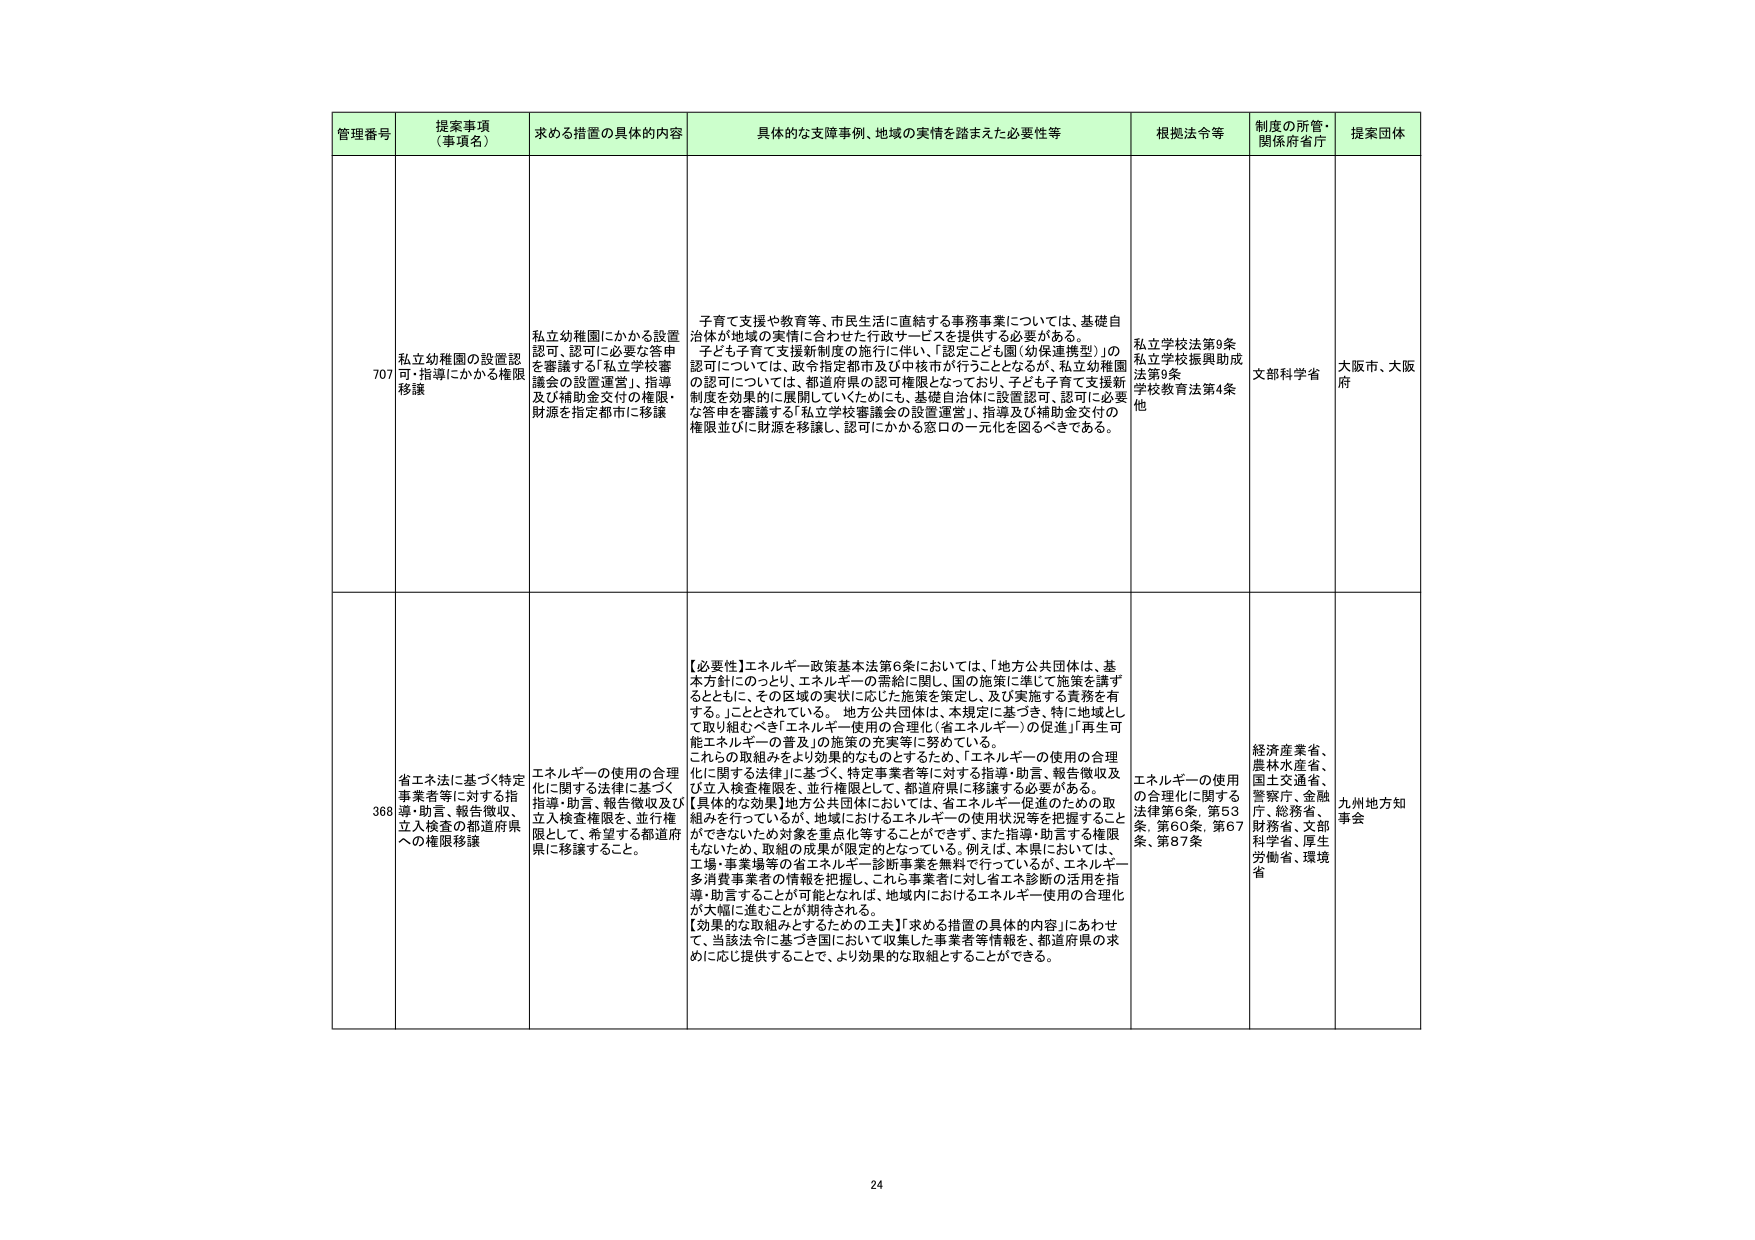
管理番号 提案事項 （事項名） 求める措置の具体的内容 具体的な支障事例、地域の実情を踏まえた必要性等 根拠法令等 制度の所管・ 関係府省庁 提案団体

707 私立幼稚園の設置認 可・指導にかかる権限 移譲 私立幼稚園にかかる設置 認可、認可に必要な答申 を審議する「私立学校審 議会の設置運営」、指導 及び補助金交付の権限・ 財源を指定都市に移譲 子育て支援や教育等、市民生活に直結する事務事業については、基礎自 治体が地域の実情に合わせた行政サービスを提供する必要がある。 子ども子育て支援新制度の施行に伴い、「認定こども園（幼保連携型）」の 認可については、政令指定都市及び中核市が行うこととなるが、私立幼稚園 の認可については、都道府県の認可権限となっており、子ども子育て支援新 制度を効果的に展開していくためにも、基礎自治体に設置認可、認可に必要 な答申を審議する「私立学校審議会の設置運営」、指導及び補助金交付の 権限並びに財源を移譲し、認可にかかる窓口の一元化を図るべきである。 私立学校法第9条 私立学校振興助成 法第9条 学校教育法第4条 他 文部科学省 大阪市、大阪 府

368 省エネ法に基づく特定 事業者等に対する指 導・助言、報告徴収、 立入検査の都道府県 への権限移譲 エネルギーの使用の合理 化に関する法律に基づく 指導・助言、報告徴収及び 立入検査権限を、並行権 限として、希望する都道府 県に移譲すること。 【必要性】エネルギー政策基本法第6条においては、「地方公共団体は、基 本方針にのっとり、エネルギーの需給に関し、国の施策に準じて施策を講ず るとともに、その区域の実状に応じた施策を策定し、及び実施する責務を有 する。」こととされている。地方公共団体は、本規定に基づき、特に地域とし て取り組むべき「エネルギー使用の合理化（省エネルギー）の促進」「再生可 能エネルギーの普及」の施策の充実等に努めている。 これらの取組みをより効果的なものとするため、「エネルギーの使用の合理 化に関する法律」に基づく、特定事業者等に対する指導・助言、報告徴収及 び立入検査権限を、並行権限として、都道府県に移譲する必要がある。 【具体的な効果】地方公共団体においては、省エネルギー促進のための取 組みを行っているが、地域におけるエネルギーの使用状況等を把握すること ができないため対象を重点化等することができる。また指導・助言する権限 もないため、取組の成果が限定的となっている。例えば、本県においては、 工場・事業場等の省エネルギー診断事業を無料で行っているが、エネルギー 多消費事業者の情報を把握し、これら事業者に対し省エネ診断の活用を指 導・助言することが可能となれば、地域内におけるエネルギー使用の合理化 が大幅に進むことが期待される。 【効果的な取組みとするための工夫】「求める措置の具体的内容」にあわせ て、当該法令に基づき国において収集した事業者等情報を、都道府県の求 めに応じ提供することで、より効果的な取組とすることができる。 エネルギーの使用 の合理化に関する 法律第6条、第53 条、第60条、第67 条、第87条 経済産業省、 農林水産省、 国土交通省、 警察庁、金融 庁、総務省、 財務省、文部 科学省、厚生 労働省、環境 省 九州地方知 事会

24